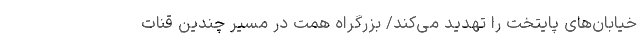
خیابان‌های پایتخت را تهدید می‌کند/ بزرگراه همت در مسیر چندین قنات‌